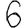
Digit: 6